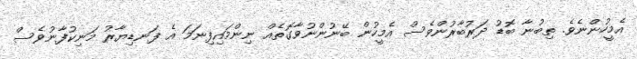
އެމީހުންނެވެ. ތިބުނާ ބޮޑު ދަރުބާރުންވެސް އެމީހުން ބޭނުންނުވާގޮތެއް ނިންމައިފިނަމަ އެ ފަނޑިޔާރު މަނިކުފާނުވެސް